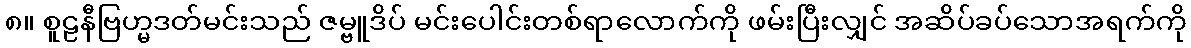
၈။ စူဠနီဗြဟ္မဒတ်မင်းသည် ဇမ္ဗူဒိပ် မင်းပေါင်းတစ်ရာလောက်ကို ဖမ်းပြီးလျှင် အဆိပ်ခပ်သောအရက်ကို